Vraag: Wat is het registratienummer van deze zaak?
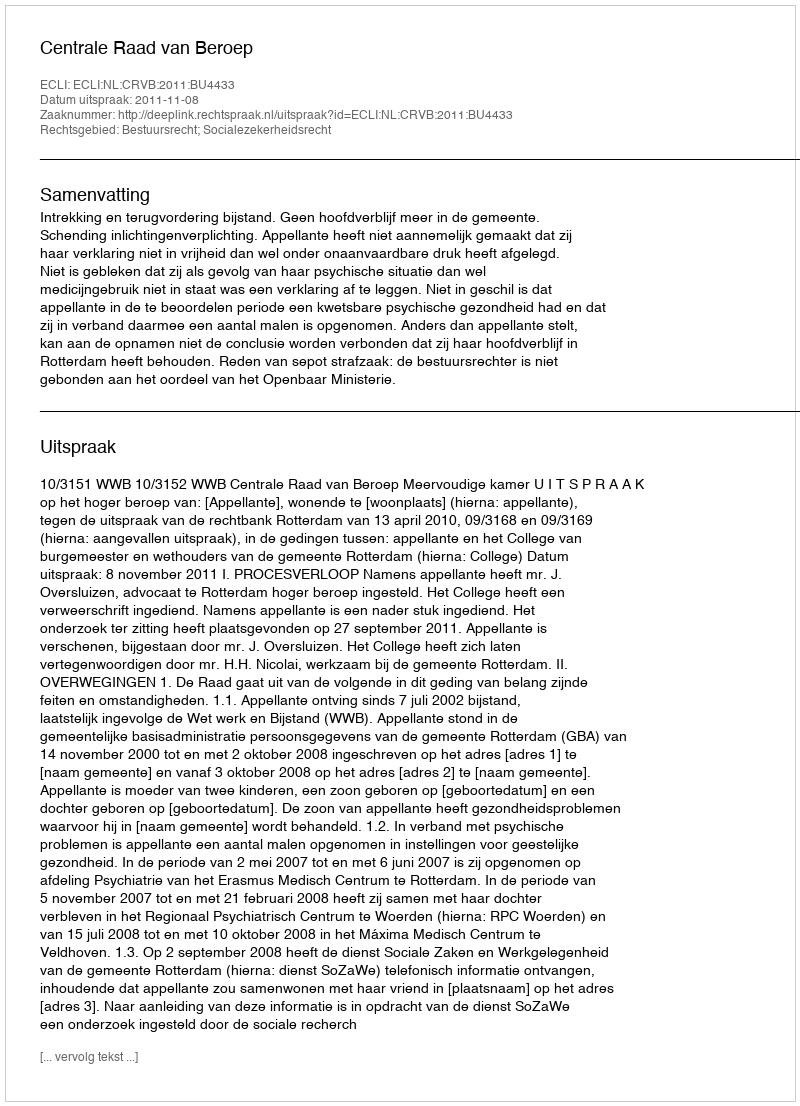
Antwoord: http://deeplink.rechtspraak.nl/uitspraak?id=ECLI:NL:CRVB:2011:BU4433